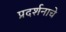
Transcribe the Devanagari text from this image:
प्रदर्शनाचे